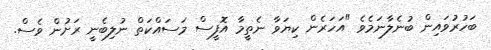
ބަހުރުވައިން ބުނެލާނަމެވެ "އަހަރެން ކިޔަވާ ނެތީމާ އޮފީސް މަސައްކަތް ނުލިބެނީ ރަށުން ވެސް.